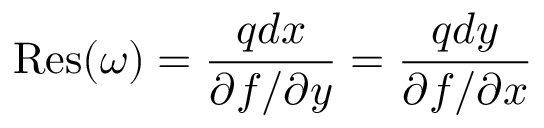
{ \mathrm { R e s } } ( \omega ) = { \frac { q d x } { \partial f / \partial y } } = { \frac { q d y } { \partial f / \partial x } }